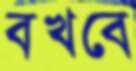
বখবে